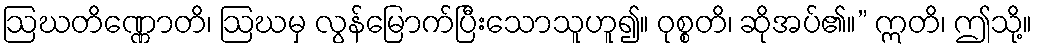
ဩဃတိဏ္ဏောတိ၊ ဩဃမှ လွန်မြောက်ပြီးသောသူဟူ၍။ ဝုစ္စတိ၊ ဆိုအပ်၏။” ဣတိ၊ ဤသို့။